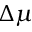
\Delta \mu